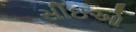
સીઇઓ